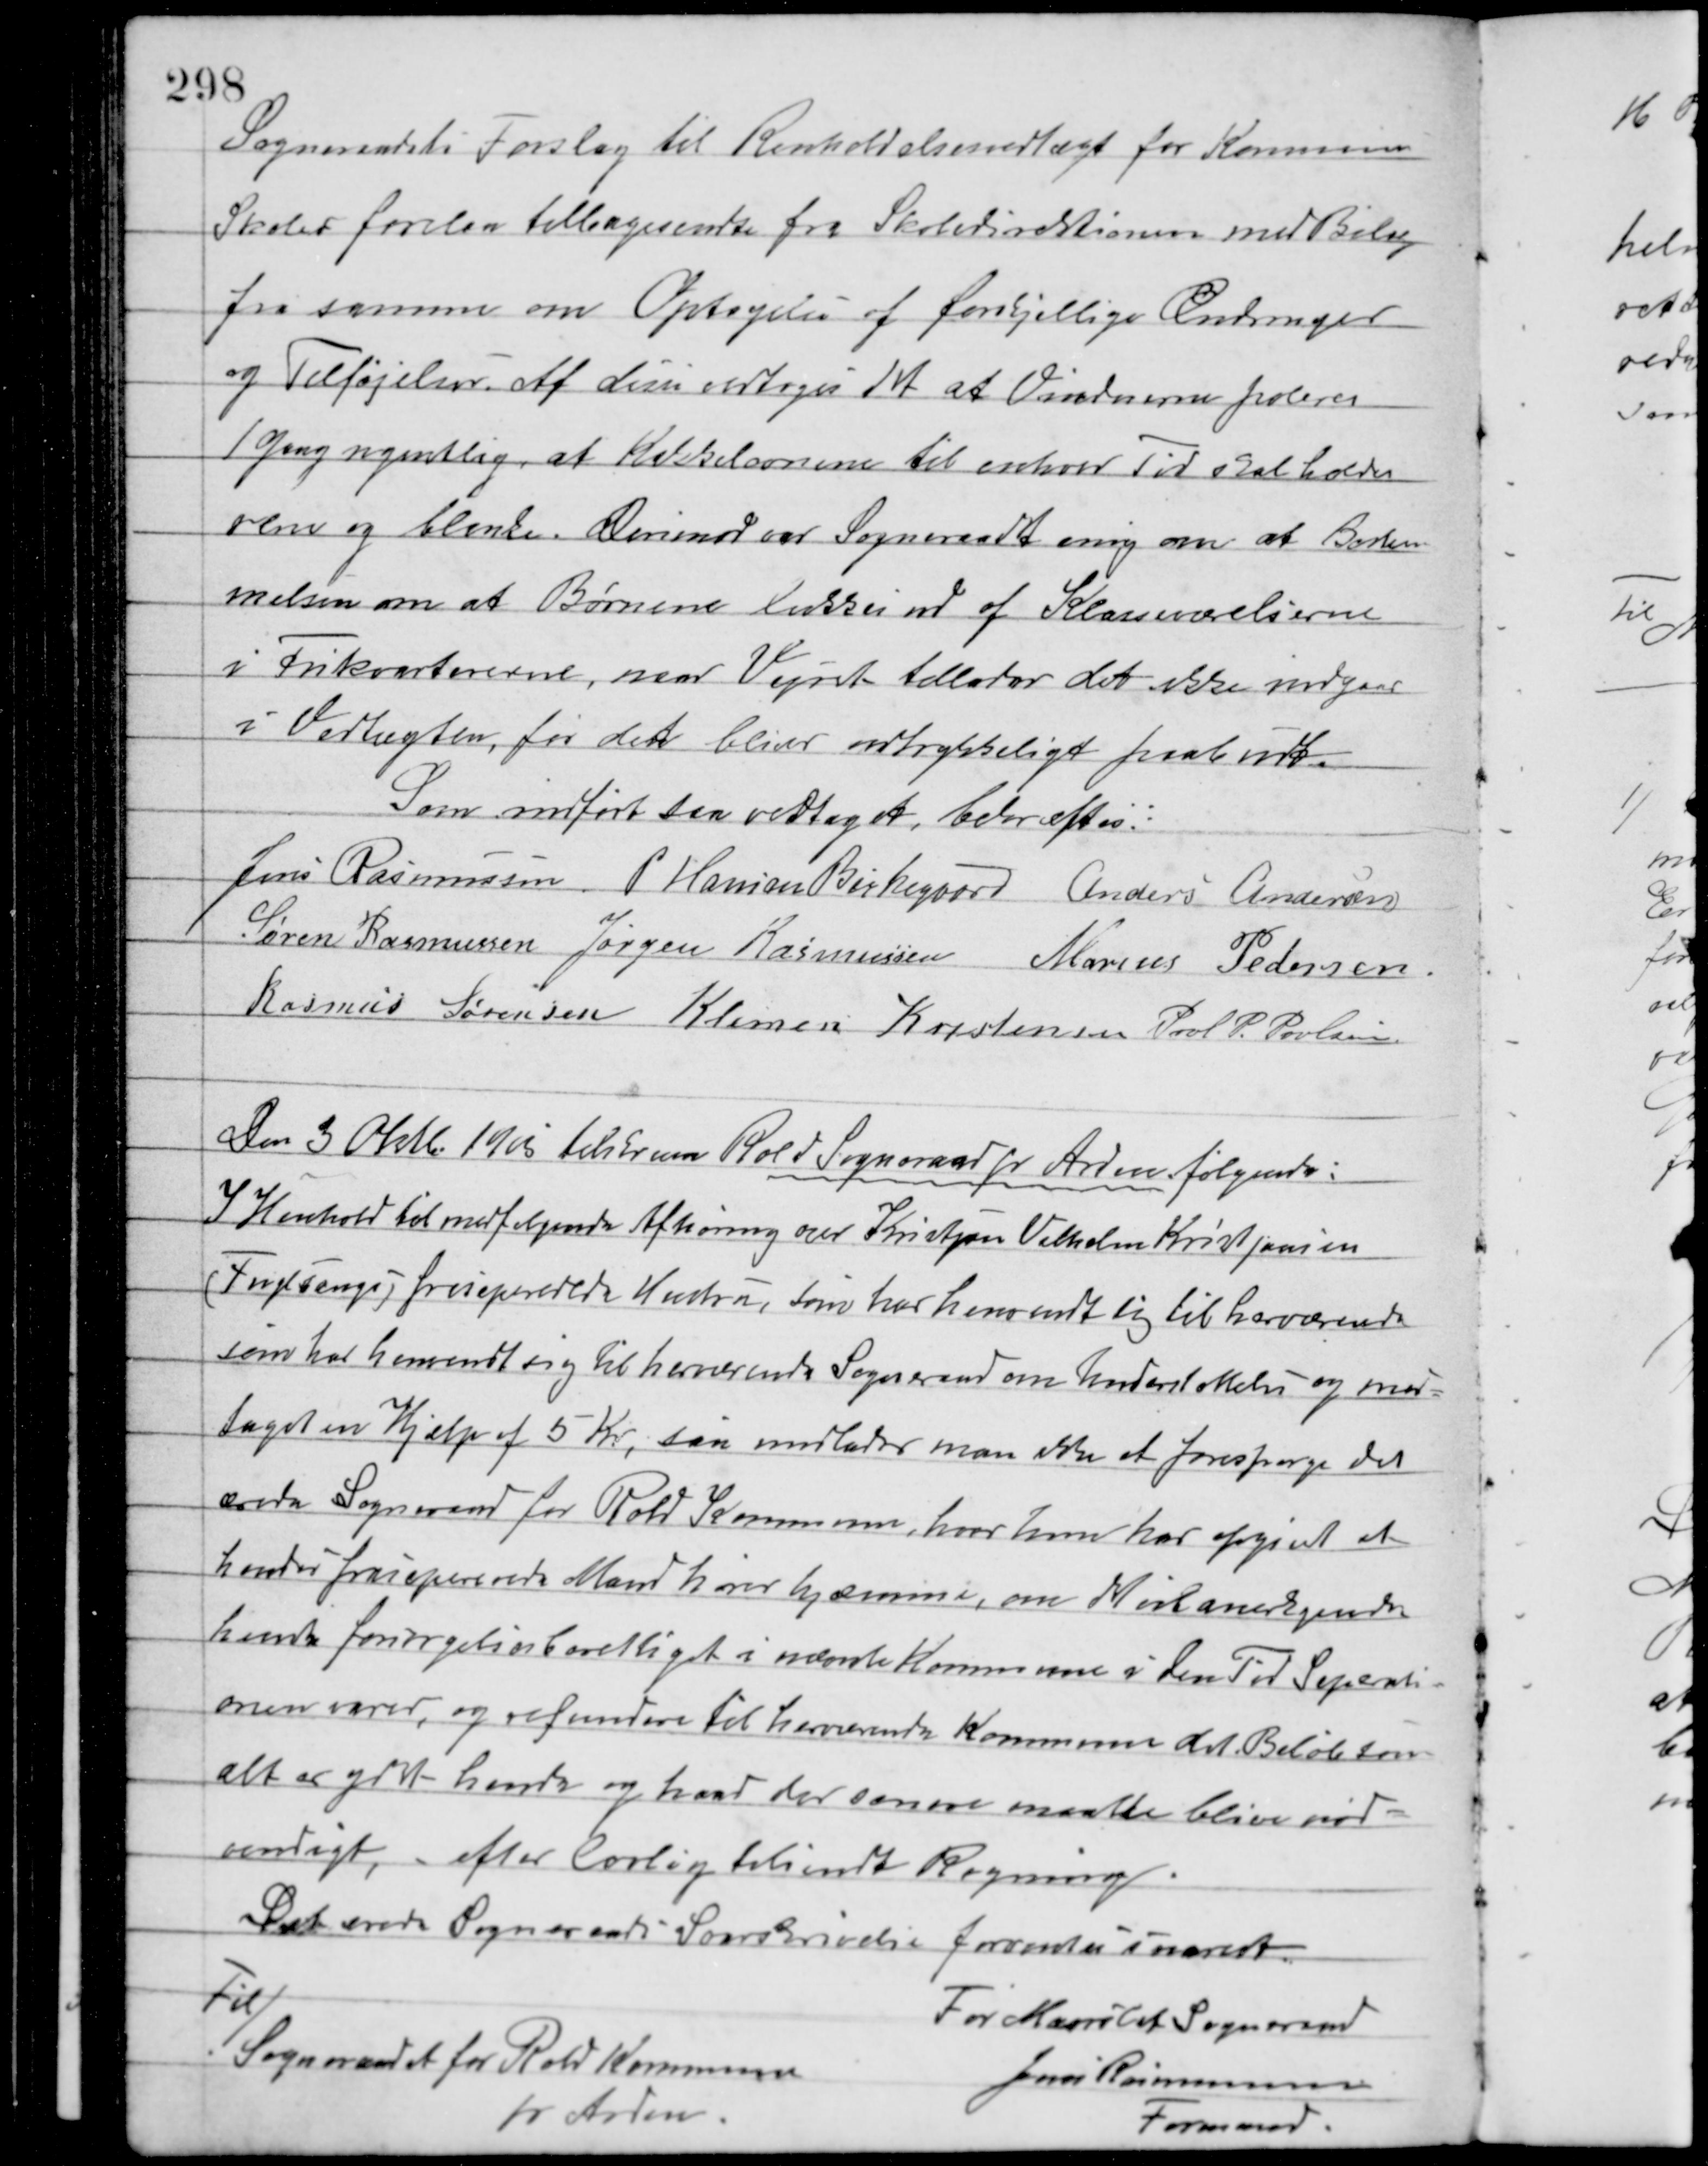
Transskription:
Sogneraadets Forslag til Renholdelsevedtægt for Kommunens
Skoler forelaa tilbagesendte fra Skoledirektionen med Bilag
fra samme om Optagelse af forskjellige Ændringer
og Tilføjelser. Af disse vedtoges det at Vinduerne poleres
1 Gang ugentlig, at Kakkelovnene til enhver Tid skal holdes
rene og blanke. Derimod var Sogneraadt enig om at Bestem-
melsen om at Børnene lukkes ud af Klasseværelserne
i Frikvartererne, naar Vejret tillader det ikke indgaar
i Vedtægten, før det bliver udtrykkeligt paabudt.
Som indført saa vedtaget bekræftes:
Jens Rasmussen P. Hansen Birkegaard Anders Andersen
Søren Rasmussen Jørgen Rasmussen Marius Pedersen
Rasmus Sørensen Klemen Kristensen Poul P. Poulsen
Den 3 Oktb. 1905 tilskreven Rold Sogneraad pr. Arden følgende:
I Henhold til medfølgende Afhøring over Kristjan Vibholm Kristjansen
(Fuglsang) fraseparerede Hustru, som har henvendt sig til herværende
som har henvendt sig til herværende Sogneraad om Understøttelse og mod-
taget en Hjælp af 5 Kr., saa undlader man ikke at forespørge det
ærede Sogneraad for Rold Kommune, hvor hun har opgivet at
hendes fraseparerede Mand hører hjemme, om det vil anerkjende
hende forsørgelsesberettiget i nævnte Kommune i den Tid Separati-
onen varer, og refundere til herværende kommune det Beløb som
alt er ydet hende og hvad der senere maatte blive nød-
vendigt, efter lovlig tilsendt Regning.
Det ærede Sogneraads Svarskrivelse forventes snarest
Til/
Sogneraadet for Rold Kommune
pr. Arden.
For Maarslet Sogneraad
Jens Rasmussen
Formand